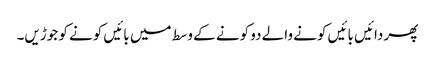
پھر دائیں بائیں کونے والے دو کونے کے وسط میں بائیں کونے کو جوڑیں۔